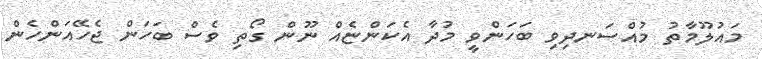
މައުލޫމާތު މުއްސަނދިވި ބަހަންވީ މުދާ އެކަންޏެއް ނޫން ގޯތި ވެސް ބަހަން ޖެހޭއަންހެން